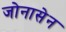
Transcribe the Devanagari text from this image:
जोनासेन